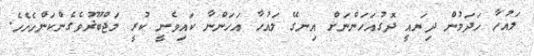
ލައުހާ ހަދަމުން ދިޔައީ ދޮގުއަހަންނަށް އިނގޭ ލައުހާ އަހަންނާ ކައިވެނީ ކުރީ މަޖްބޫޜުވެގެންކަންހެހެހެ.